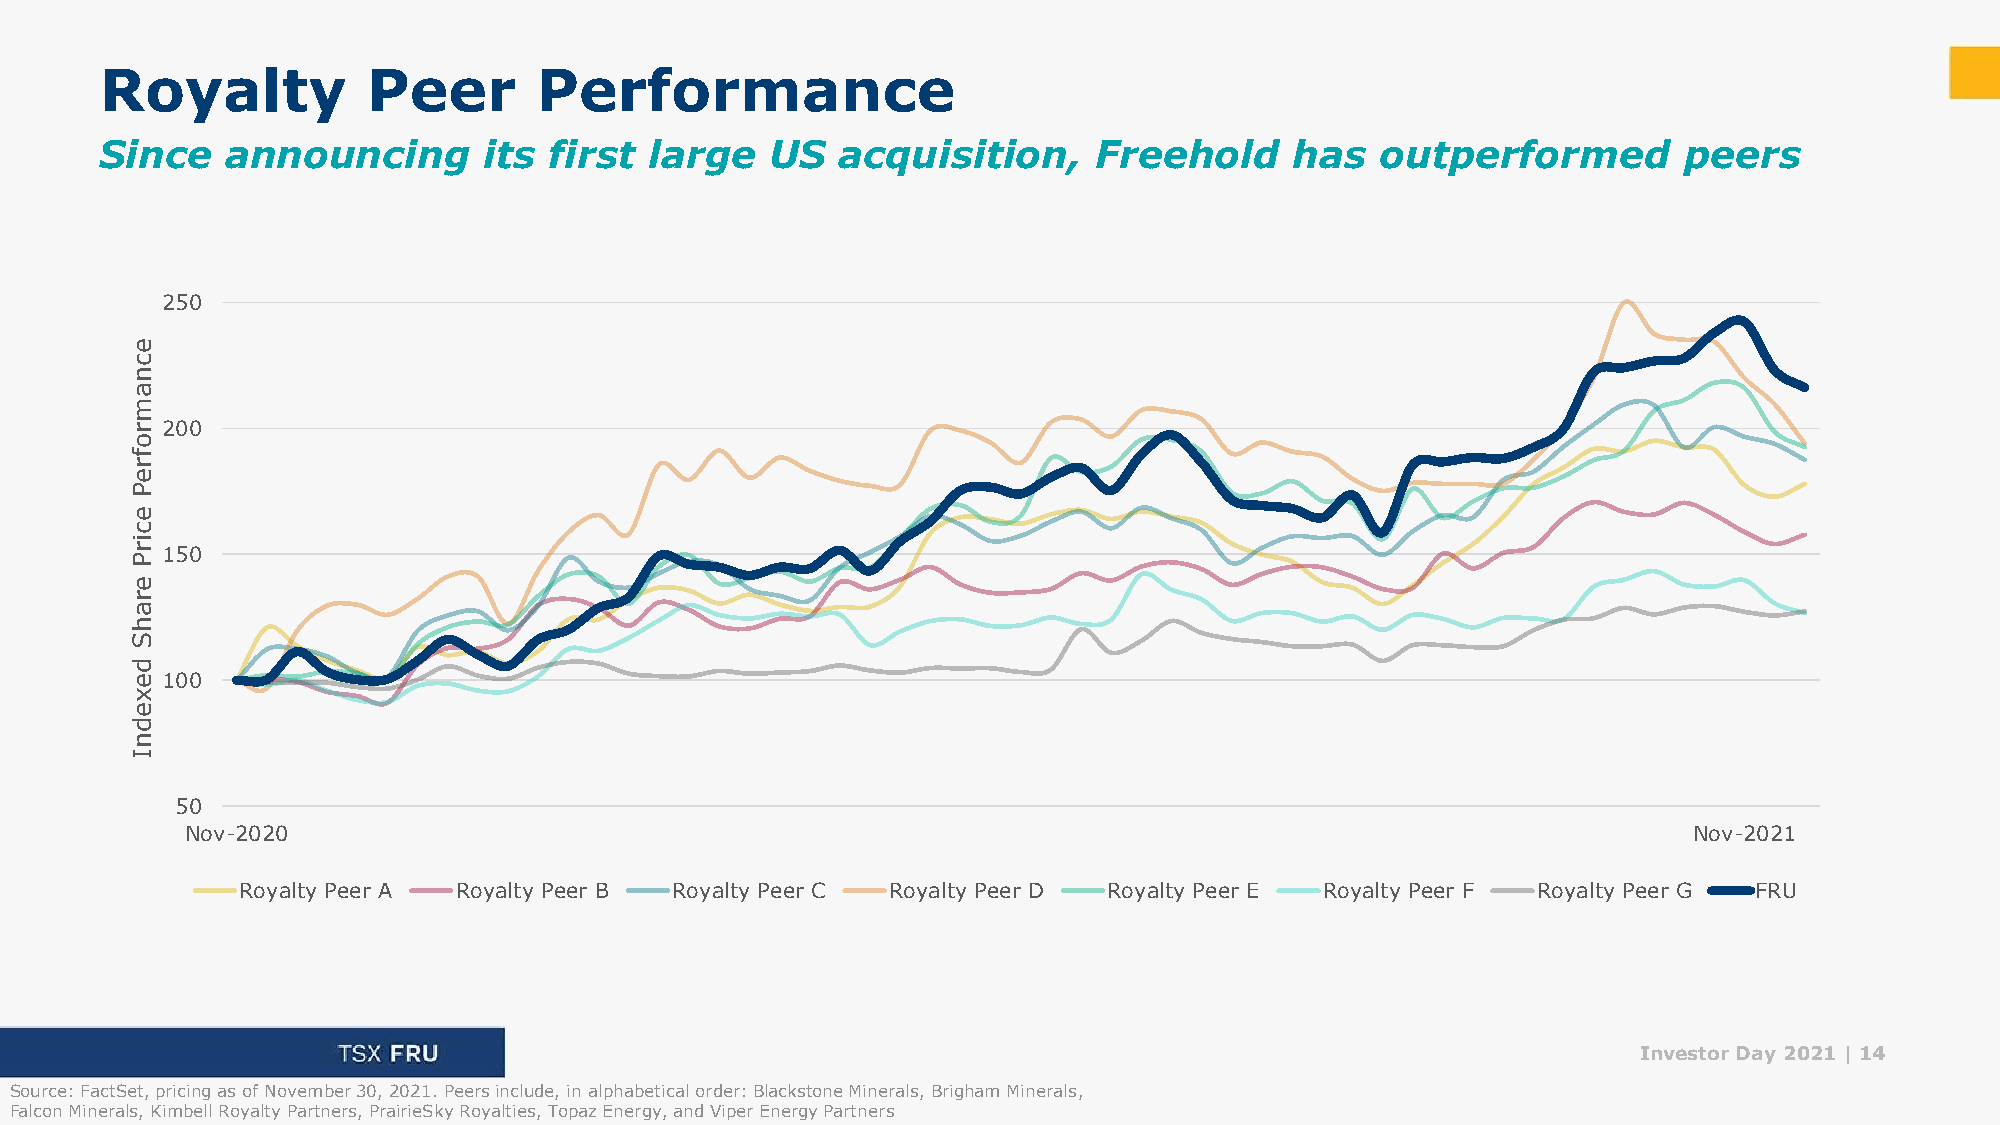
Royalty          Peer       Performance
 Since   announcing       its first  large   US   acquisition,     Freehold     has  outperformed        peers
 250
 e
 c
 n
 a
 m
 r200
 o
 f
 r
 e
 P
 e
 c
 i
 r P150
 e
 r
 a
 h
 S
 d
 e100
 x
 e
 d
 n
 I
 50
 Nov-2020                                                                                            Nov-2021
 Royalty Peer A Royalty Peer B Royalty Peer C Royalty Peer D Royalty Peer E Royalty Peer F Royalty Peer G FRU
 Investor Day 2021 |14
 Source: FactSet, pricing as of November 30, 2021. Peers include, in alphabetical order: Blackstone Minerals, Brigham Minerals,
 Falcon Minerals, Kimbell Royalty Partners, PrairieSky Royalties, Topaz Energy, and Viper Energy Partners